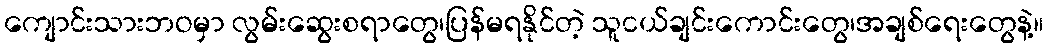
ကျောင်းသားဘဝမှာ လွမ်းဆွေးစရာတွေ၊ပြန်မရနိုင်တဲ့ သူငယ်ချင်းကောင်းတွေ၊အချစ်ရေးတွေနဲ့။